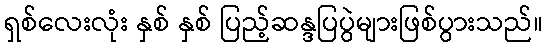
ရှစ်လေးလုံး နှစ် နှစ် ပြည့်ဆန္ဒပြပွဲများဖြစ်ပွားသည်။